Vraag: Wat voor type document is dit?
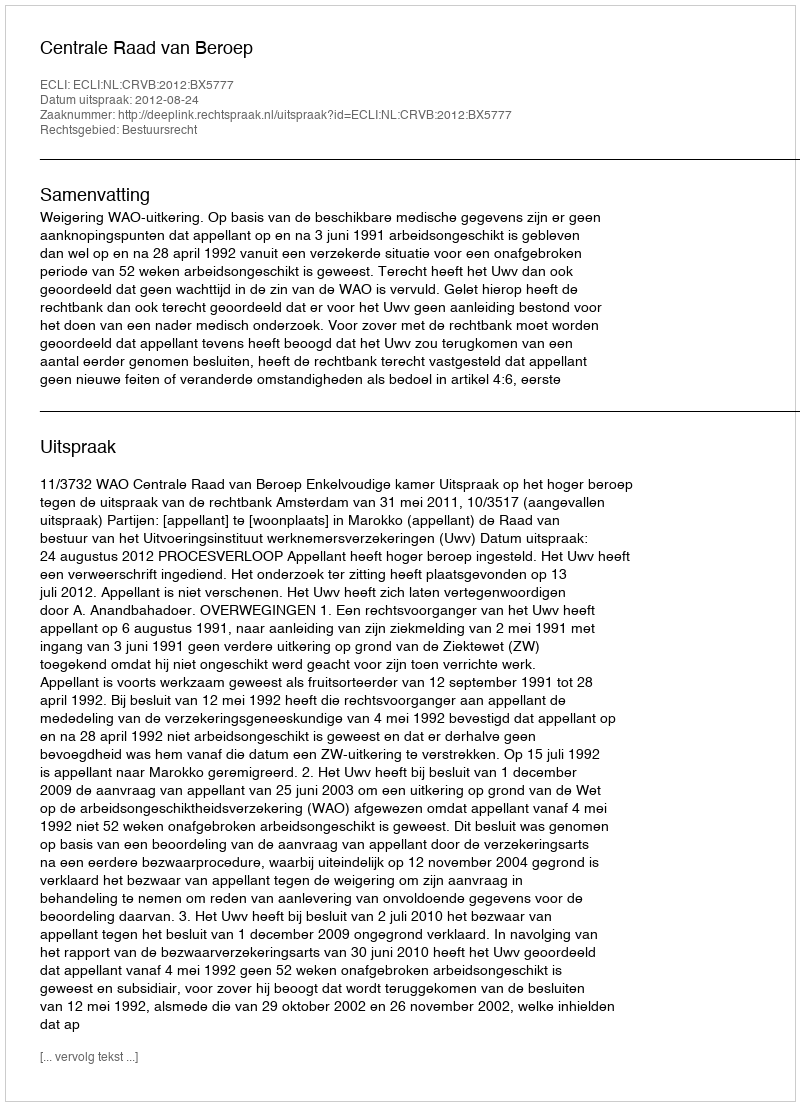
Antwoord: Uitspraak